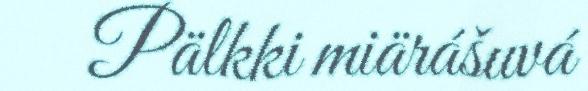
Pälkki miärášuvá